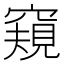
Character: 窺